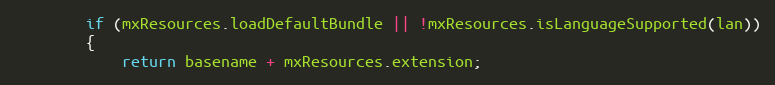
Language: JavaScript
		if (mxResources.loadDefaultBundle || !mxResources.isLanguageSupported(lan))
		{
			return basename + mxResources.extension;